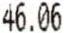
46.06